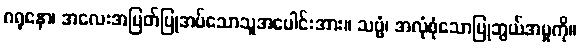
ဂရုနော၊ အလေးအမြတ်ပြုအပ်သောသူအပေါင်းအား။ သဗ္ဗံ၊ အလုံစုံသောပြုဘွယ်အမှုကို။